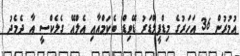
އުމުރުން 36 އަހަރުގެ މިޑްފީލްޑަރު ޑޭވިޑް ބެކަމްއާއި އެލްއޭ ގެލެކްސީ އާ ދެމެދު